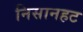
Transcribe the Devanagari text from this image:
निसानहट